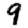
Digit: 9